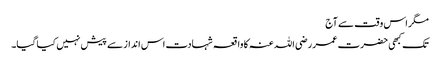
مگر اس وقت سے آج
تک کبھی حضرت عمر رضی اللہ عنہ کا واقعہ شہادت اس انداز سے پیش نہیں کیا گیا۔